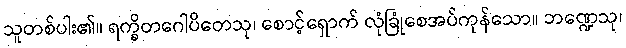
သူတစ်ပါး၏။ ရက္ခိတဂေါပိတေသု၊ စောင့်ရှောက် လုံခြုံစေအပ်ကုန်သော။ ဘဏ္ဍေသု၊